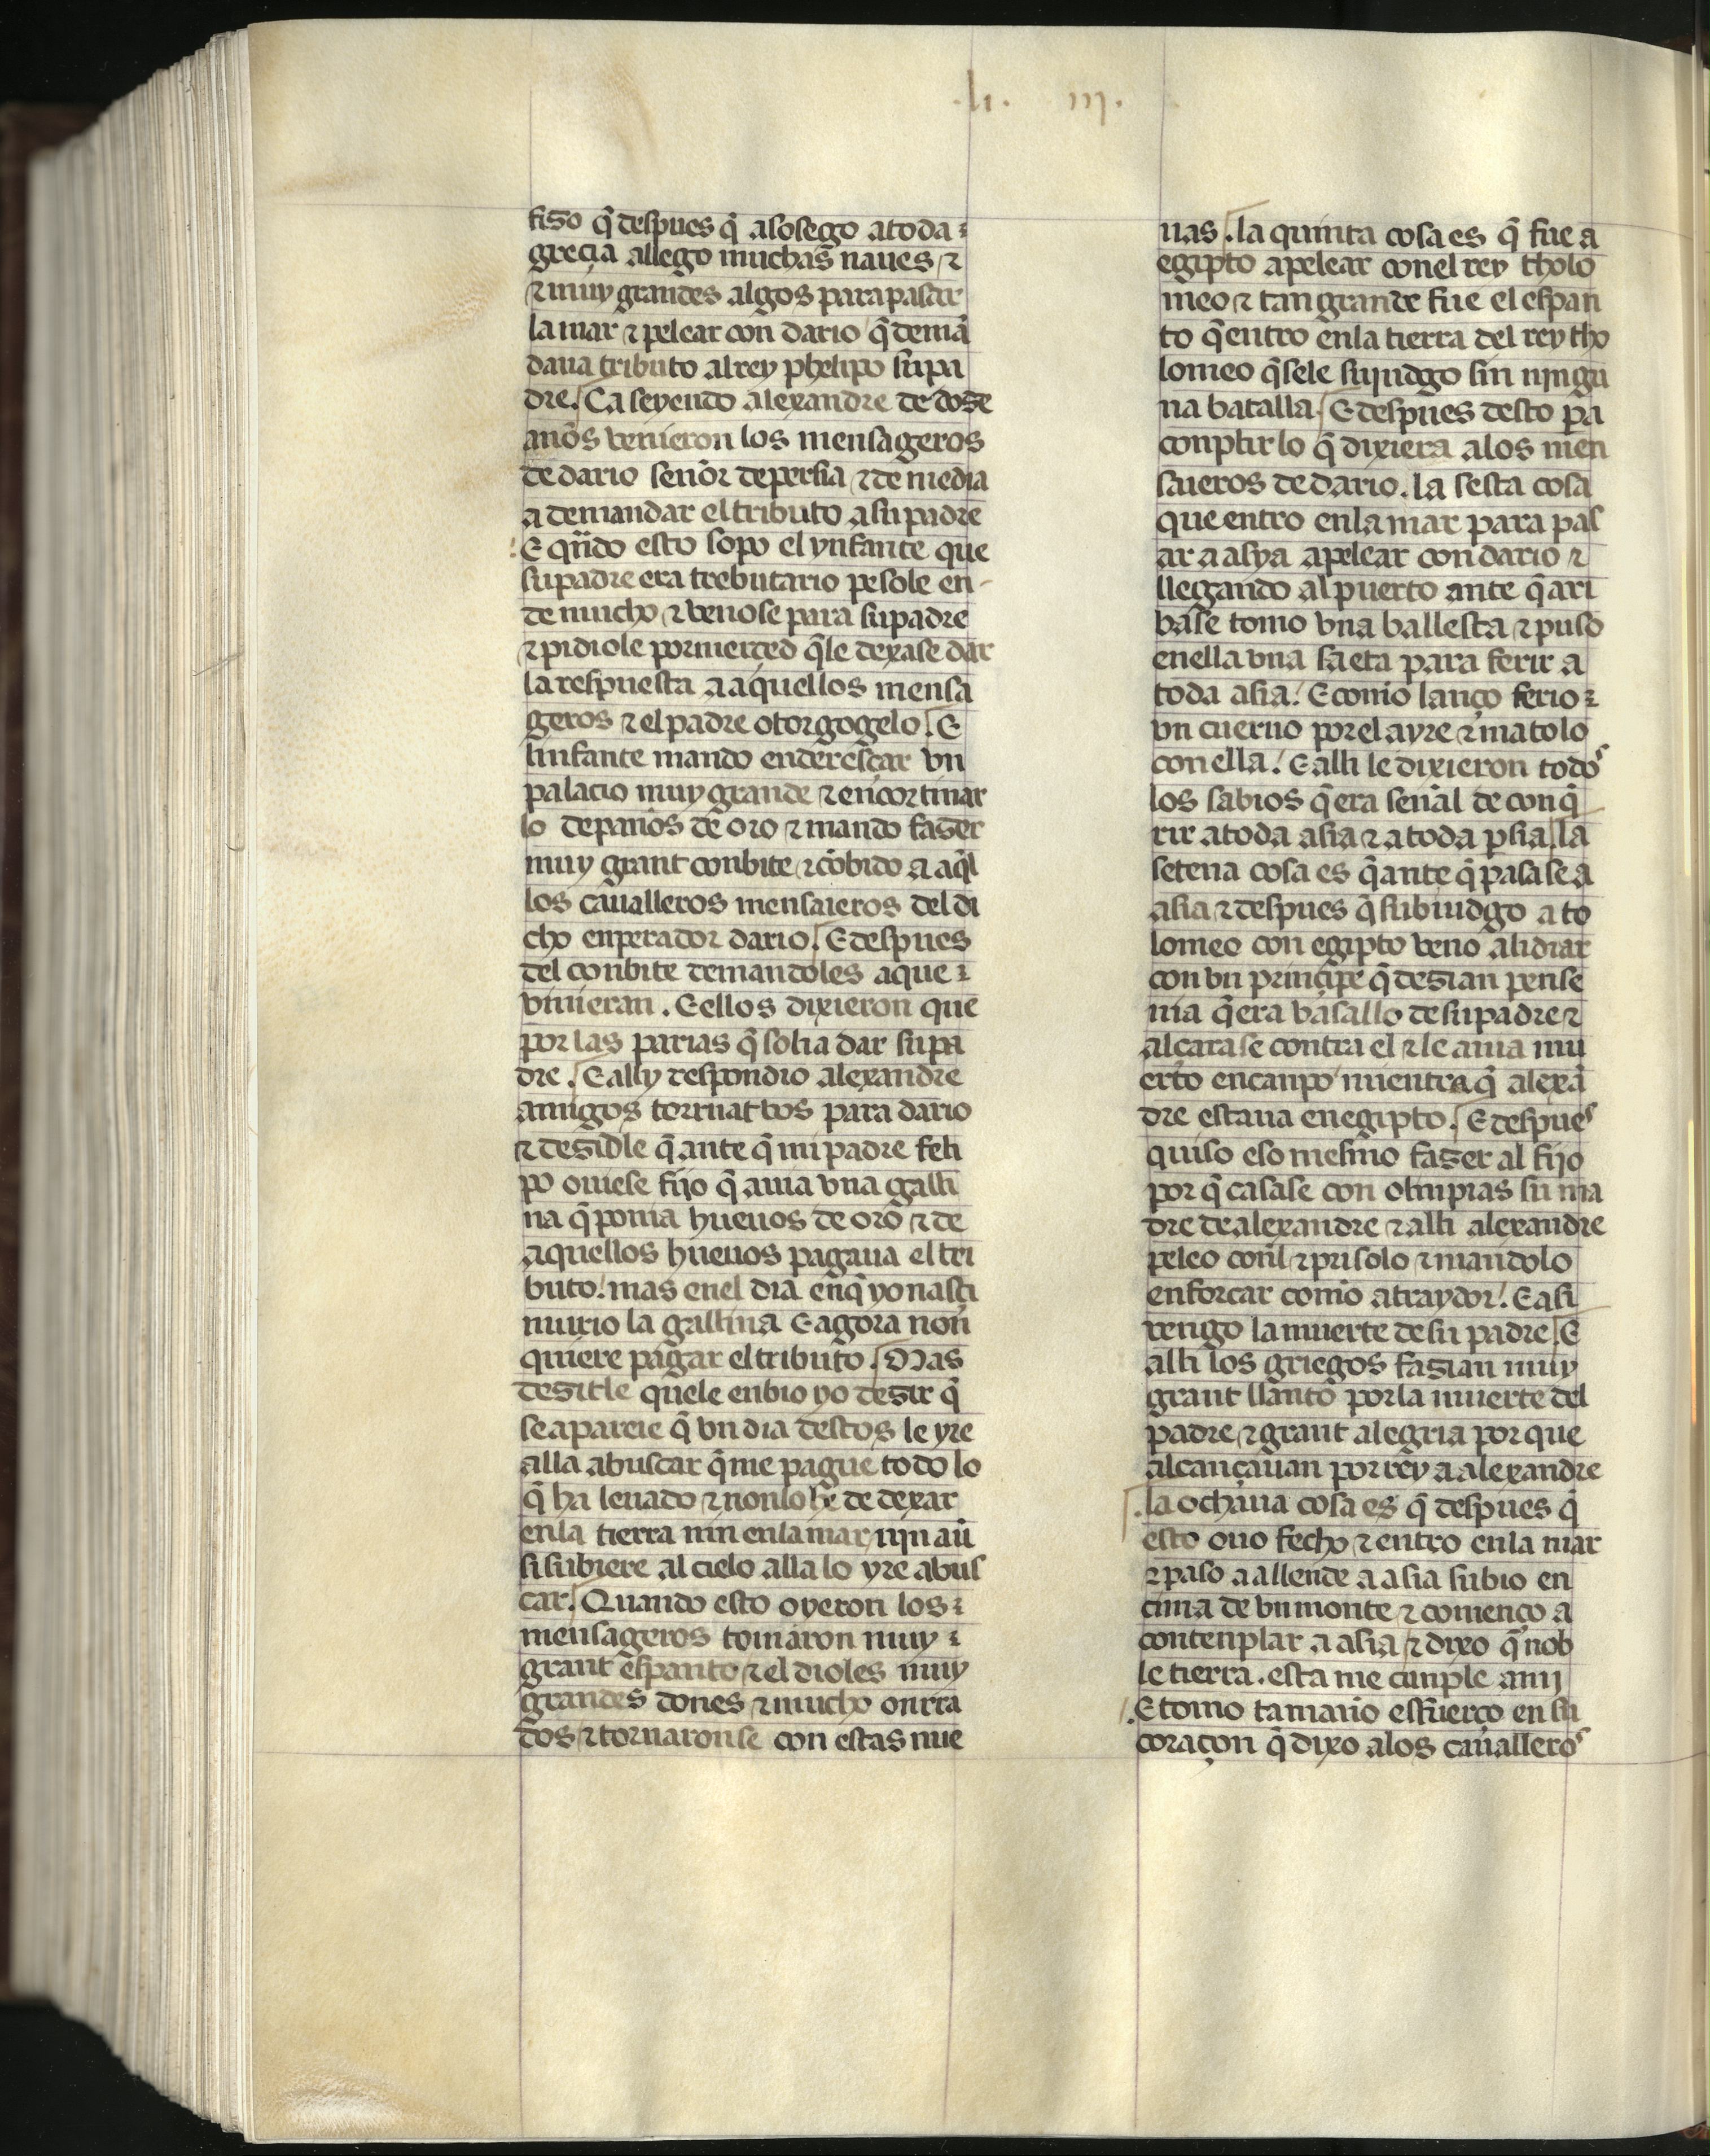
Shelfmark: Madrid, Fundación Lázaro Galdiano, mss 289
Century: 15